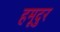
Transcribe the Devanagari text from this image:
हमूदुर